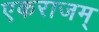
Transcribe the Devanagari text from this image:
एकराजम्